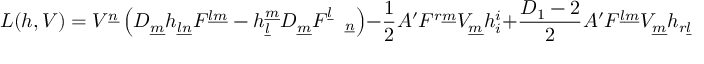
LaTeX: L ( h , V ) = V ^ { \underline { { n } } } \left( D _ { \underline { { m } } } h _ { \underline { { l } } \underline { { n } } } F ^ { \underline { { l } } \underline { { m } } } - h _ { \underline { { l } } } ^ { \underline { { m } } } D _ { \underline { { m } } } F _ { \quad \underline { { n } } } ^ { \underline { { l } } } \right) - \frac { 1 } { 2 } A ^ { \prime } F ^ { r \underline { { m } } } V _ { \underline { { m } } } h _ { i } ^ { i } + \frac { D _ { 1 } - 2 } { 2 } A ^ { \prime } F ^ { \underline { { l } } \underline { { m } } } V _ { \underline { { m } } } h _ { r \underline { { l } } } ~ ,